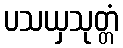
ပသယှသုတ္တံ